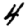
Digit: 4